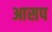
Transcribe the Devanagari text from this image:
आसप